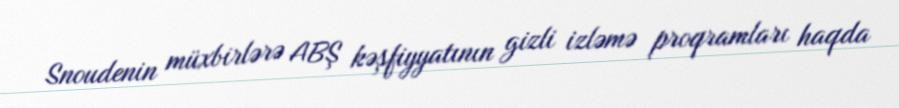
Snoudenin müxbirlərə ABŞ kəşfiyyatının gizli izləmə proqramları haqda